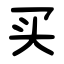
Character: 买